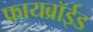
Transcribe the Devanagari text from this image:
फायब्रॉईड